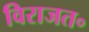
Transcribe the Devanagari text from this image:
विराजत॰